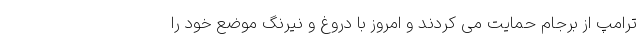
ترامپ از برجام حمایت می کردند و امروز با دروغ و نیرنگ موضع خود را